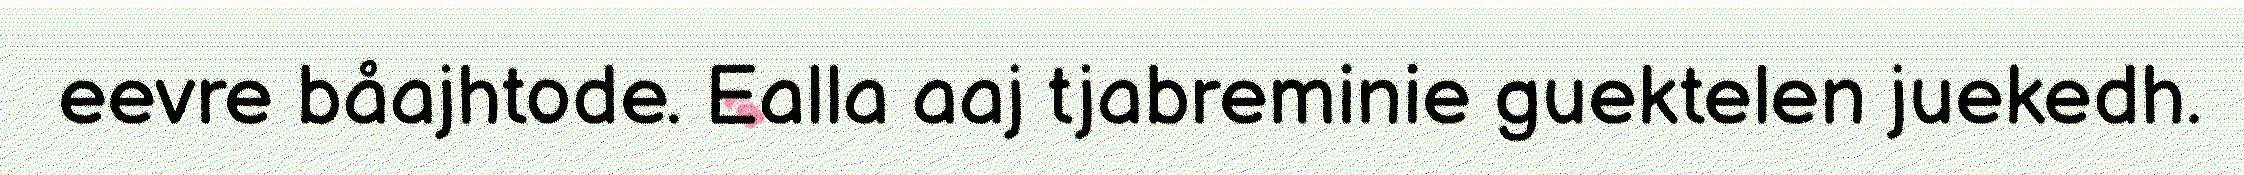
eevre båajhtode. Ealla aaj tjabreminie guektelen juekedh.